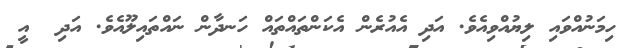
ހިމަނުއްވައި ލިޔުއްވިއެވެ. އަދި އެއުރެން އެކަންތައްތައް ހަނދާން ނައްތައިލޫއެވެ. އަދި  އީ